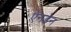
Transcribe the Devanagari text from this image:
ऍनडेन